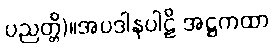
ပညတ္တိ)။အပဒါနပါဠိ အဋ္ဌကထာ